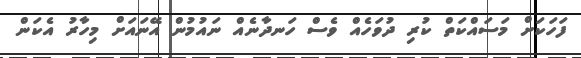
ފަހަކަށް މަސައްކަތް ކުރި ދުވަހެއް ވެސް ހަނދާނެއް ނައުމުން އޭނައަށް މިހާރު އެކަން